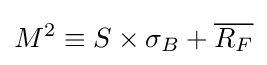
M^{2}\equiv S\times \sigma _{B}+{\overline {R_{F}}}